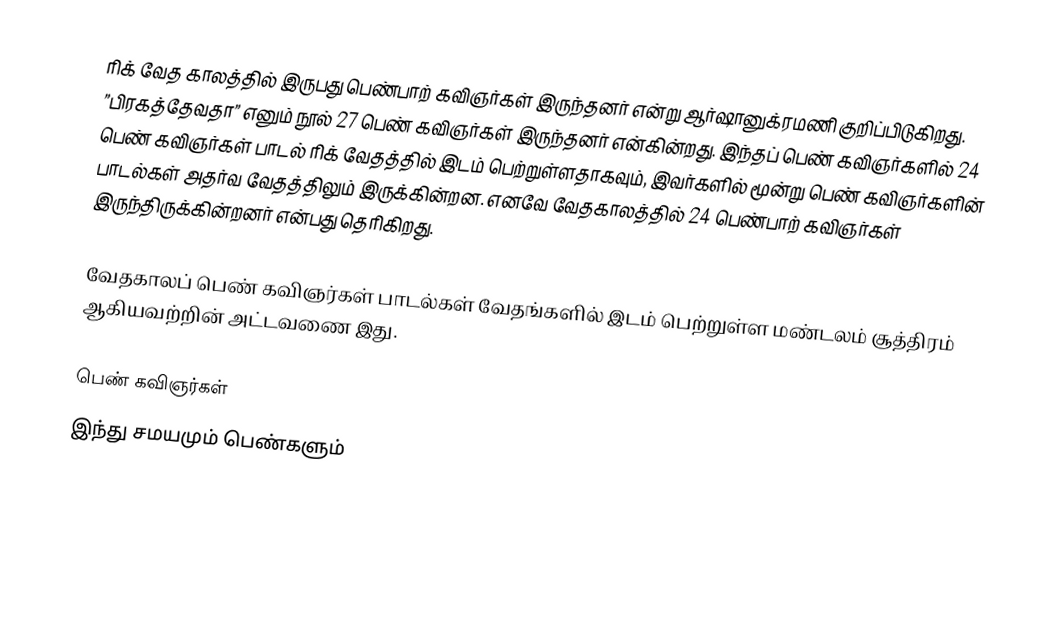
ரிக் வேத காலத்தில் இருபது பெண்பாற் கவிஞர்கள் இருந்தனர் என்று ஆர்ஷானுக்ரமணி குறிப்பிடுகிறது. ”பிரகத்தேவதா” எனும் நூல் 27 பெண் கவிஞர்கள் இருந்தனர் என்கின்றது. இந்தப் பெண் கவிஞர்களில் 24 பெண் கவிஞர்கள் பாடல் ரிக் வேதத்தில் இடம் பெற்றுள்ளதாகவும், இவர்களில் மூன்று பெண் கவிஞர்களின் பாடல்கள் அதர்வ வேதத்திலும் இருக்கின்றன. எனவே வேதகாலத்தில் 24 பெண்பாற் கவிஞர்கள் இருந்திருக்கின்றனர் என்பது தெரிகிறது.

வேதகாலப் பெண் கவிஞர்கள் பாடல்கள் வேதங்களில் இடம் பெற்றுள்ள மண்டலம் சூத்திரம் ஆகியவற்றின் அட்டவணை இது.

பெண் கவிஞர்கள்
இந்து சமயமும் பெண்களும்